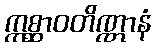
ဣစ္ဆာဝတိဏ္ဏာနံ